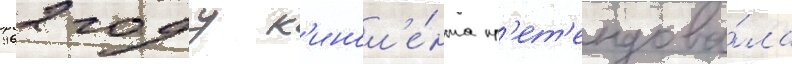
1962 году к'инол'е́нта пр'ет'ендова́ла